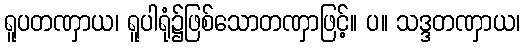
ရူပတဏှာယ၊ ရူပါရုံ၌ဖြစ်သောတဏှာဖြင့်။ ပ။ သဒ္ဒတဏှာယ၊